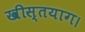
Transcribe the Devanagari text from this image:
खीस्तयाग।